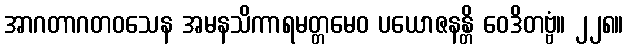
အာဂတာဂတဝသေန အမနသိကာရမတ္တမေဝ ပယောဇနန္တိ ဝေဒိတဗ္ဗံ။ ၂၂၈။